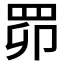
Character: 𦊑